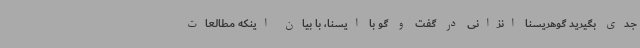
جدی بگیرید گوهریسنا انزانی در گفت و گو با ایسنا، با بیان اینکه مطالعات